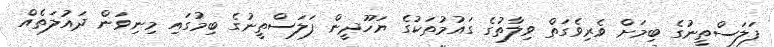
ފަލަސްތީނުގެ ބިމަށް ވެރިވެގަތް ވިލާތުގެ ގައުމުތަކުގެ ޔަހޫދީން ފަލަސްތީނުގެ ބިމުގައި މިނިވަން ދައުލަތެއް